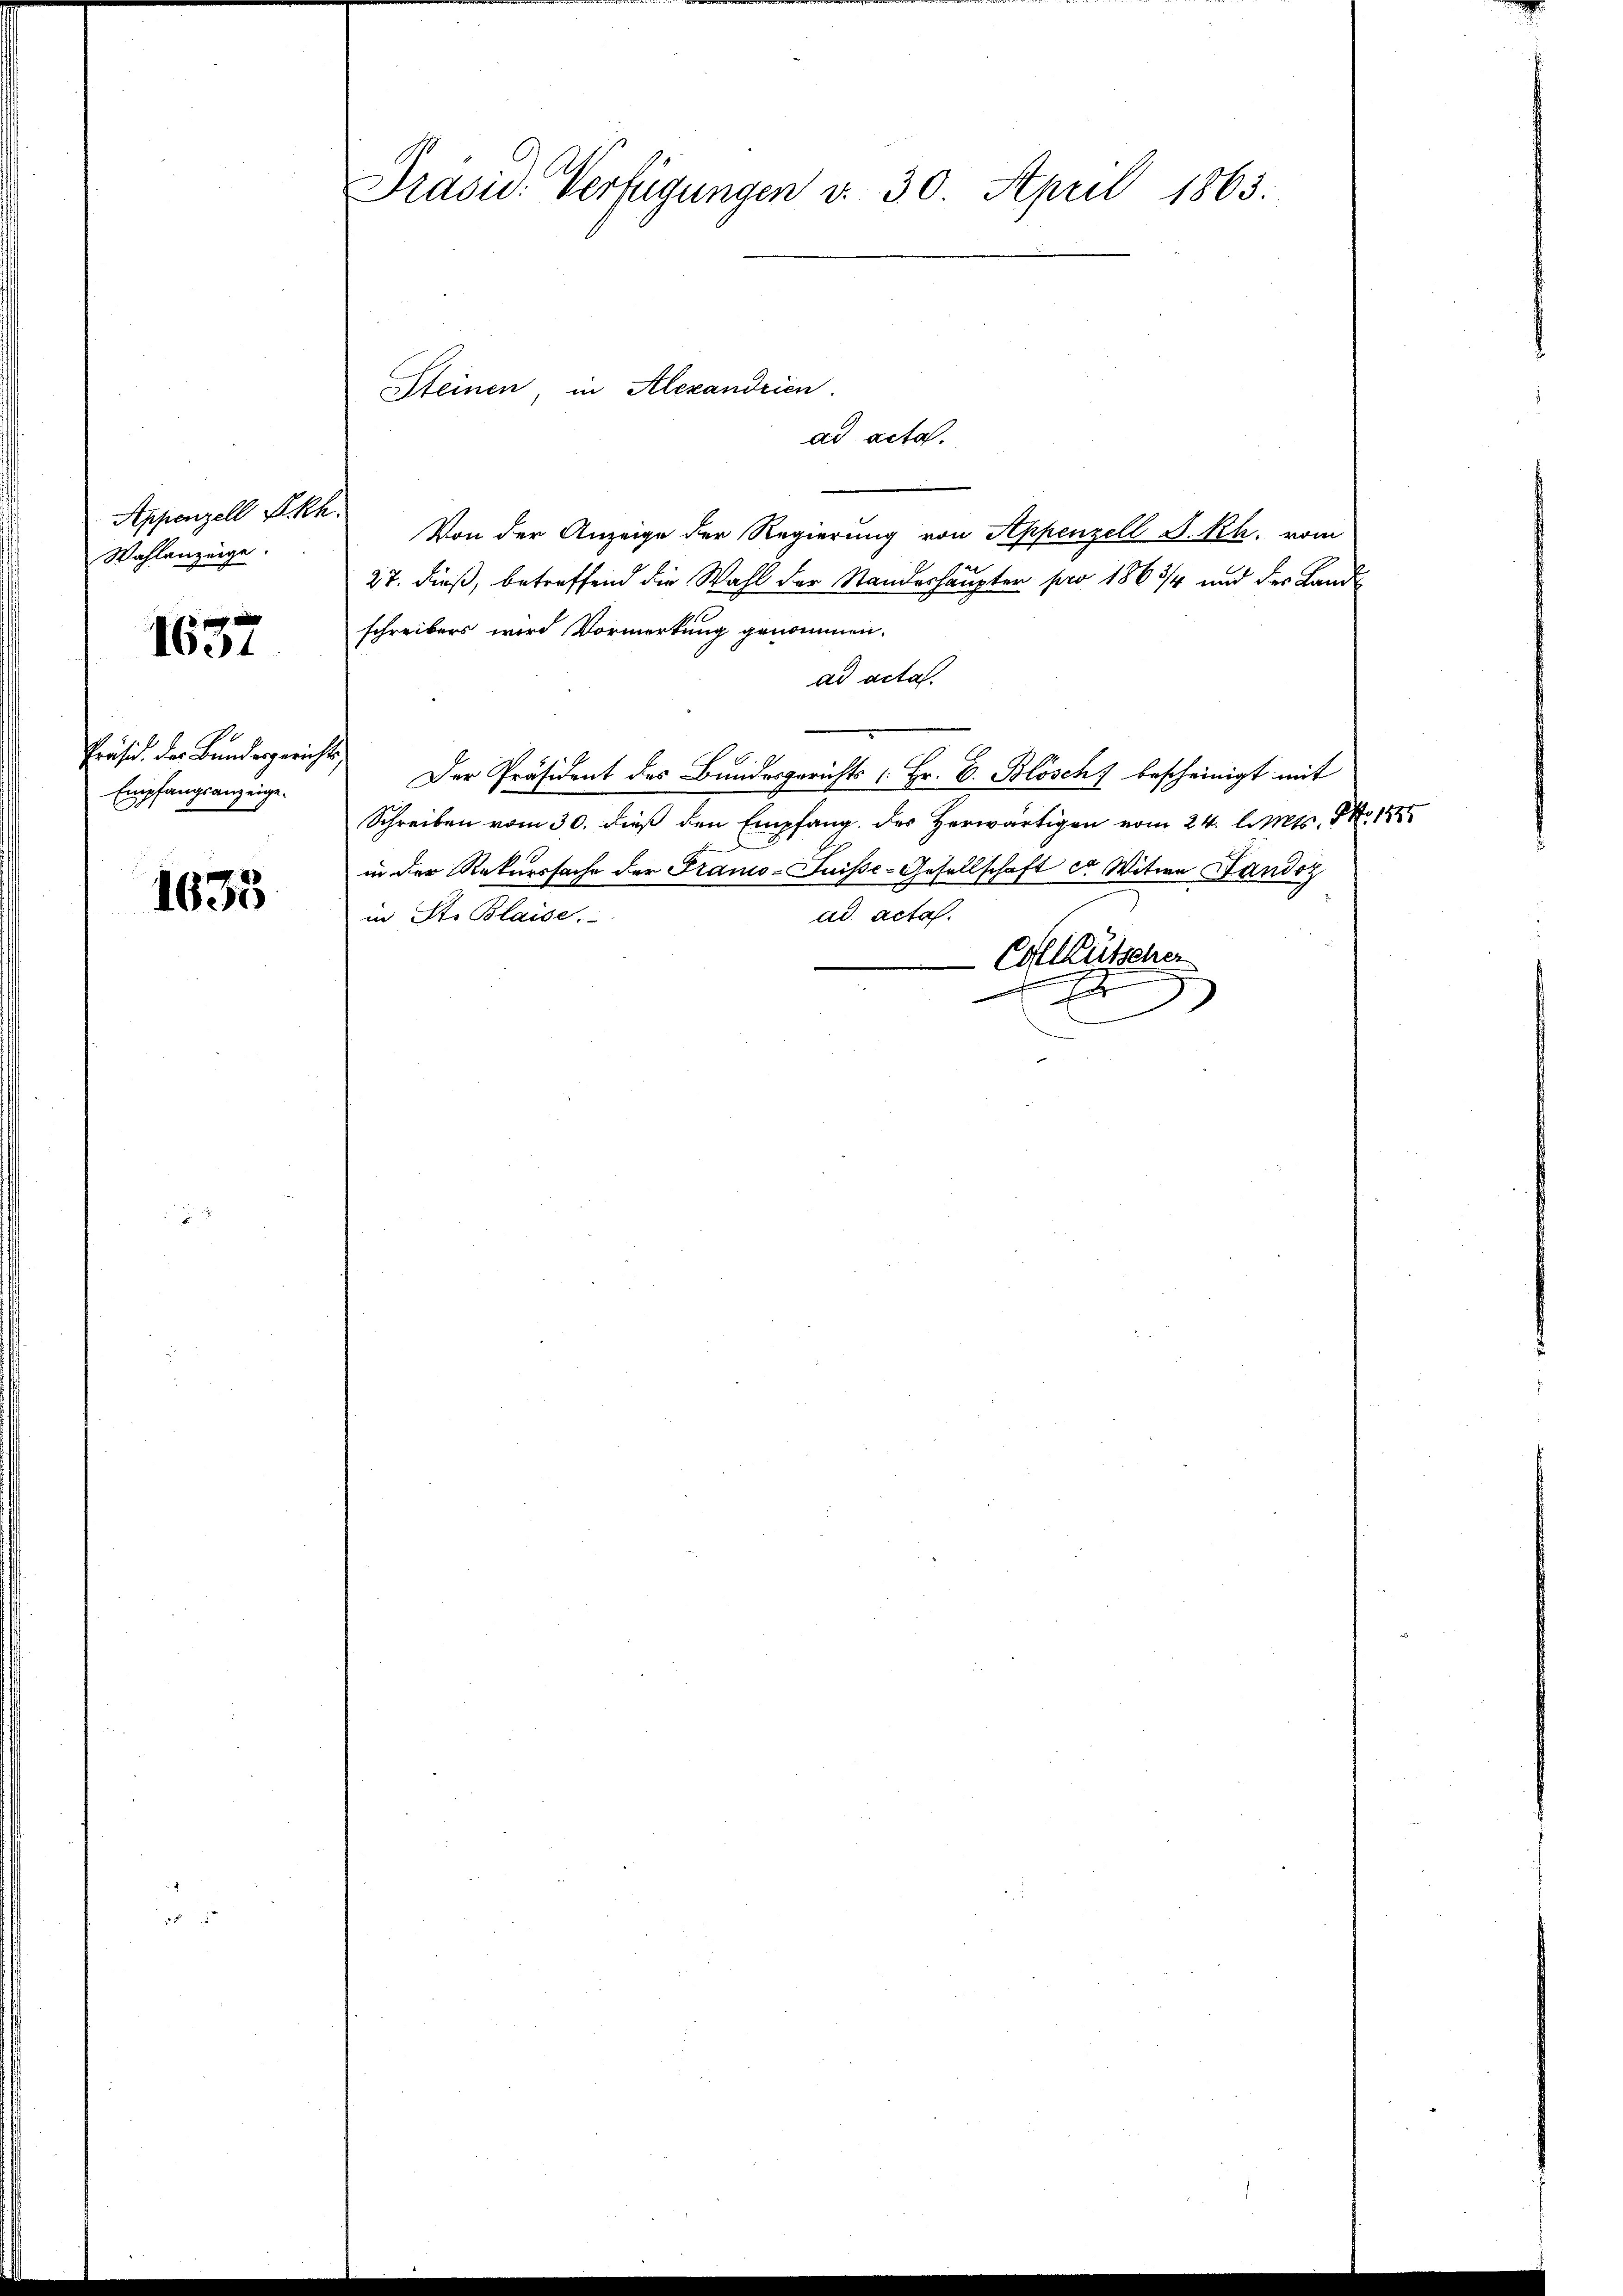
Appenzell A.Rh.
Wahlanzeige.

1637

Präsid. Der Bundesgerichts,
Empfangsanzeige.

1635

Präsid. Verfügungen v. 30. April 1863.

Von der Anzeige der Regierung von Appenzell S. Rh. vom
27. dieß, betreffend die Wahl der Standeshäupter pro 1863/4 und der Land
schreibers wird Vormerkung genommen.
ad acta.
Der Präsident des Bundesgerichts (Hr. C. Blösch) bescheinigt mit
Schreiben vom 30. dieß den Empfang der Herwärtigen vom 24. l. Mts. No. 184
in der Rekurssache der Frano-Suisse-Gesellschaft er Witwe Fandoz
in St. Blaise.
ad acta.
Collützener
r

Steinen in Alexandrien.
ad acta.